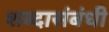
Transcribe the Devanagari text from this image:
शब्दासंबंधी